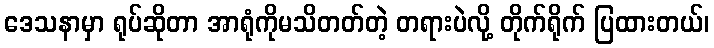
ဒေသနာမှာ ရုပ်ဆိုတာ အာရုံကိုမသိတတ်တဲ့ တရားပဲလို့ တိုက်ရိုက် ပြထားတယ်၊